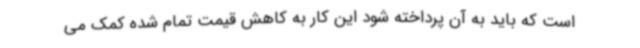
است که باید به آن پرداخته شود این کار به کاهش قیمت تمام شده کمک می